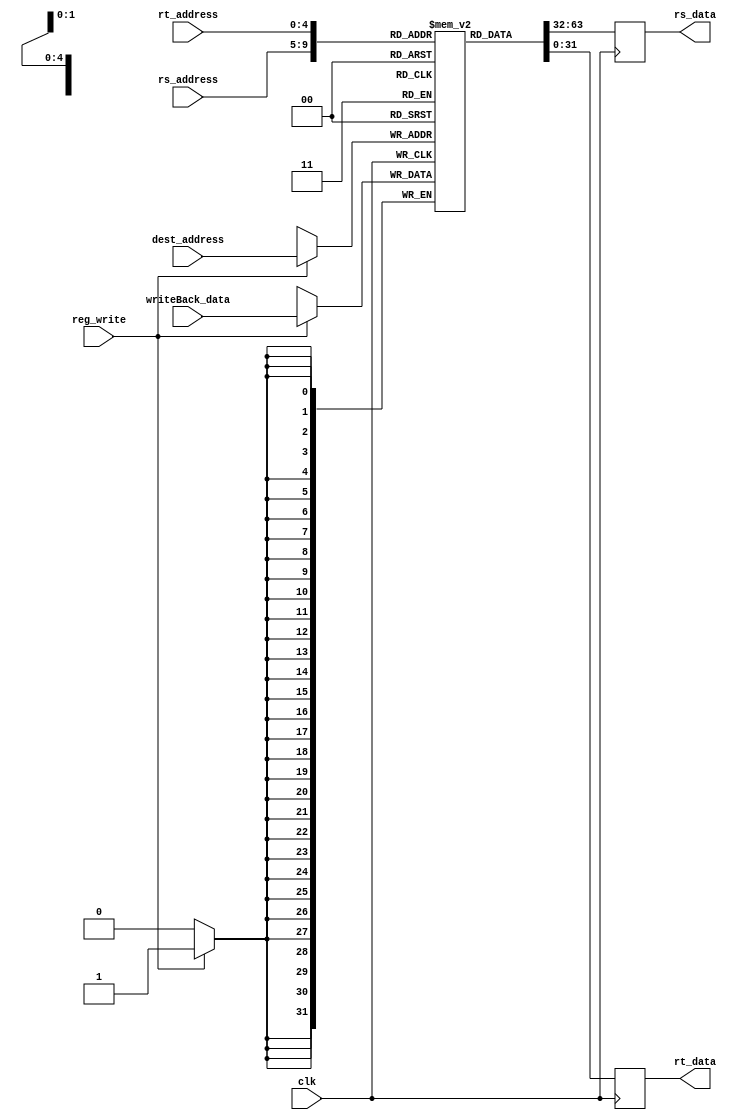
module regFile(rs_address,rt_address,dest_address,writeBack_data,reg_write,clk,rs_data,rt_data); // 6 i/p , 2 o/p

input [4:0] rs_address,rt_address; //address '5 bits 
input [4:0] dest_address;
input[31:0] writeBack_data; // data to be saved '32 bits
input reg_write;
input clk;

output reg [31:0] rs_data,rt_data; //output data from rs_address,rt_address '32 bits

reg [31:0] index[0:31]; // first is number of reg size , second is number of regs




always @(negedge clk)
begin
if(reg_write)
index[dest_address] <= writeBack_data;


rs_data <= index[rs_address];
rt_data <= index[rt_address];
end
integer i;


initial
begin
for (i = 0 ; i < 32 ; i = i+1)

index[i] = i;
end
endmodule 

//////////////////////////////////////////////////////////////////////////////////
module testRegFile; //inputs are reg - 2 i/p , 6 o/p

 reg [4:0] rs_address,rt_address; //address '5 bits 
 reg [4:0] dest_address;

 reg[31:0] writeBack_data; // data to be saved '32 bits
 reg reg_write;
 reg clk;

 wire [31:0] in1,in2; //output data from rs_address,rt_address '32 bits

integer i;

always
begin
#1 clk = ~ clk;  
end



initial
begin

clk = 0;
reg_write =1;


$monitor($time, "  rs_address:%d , rt_address: %d ,dest_address = %d , writeBack_data=%d , reg_write=%d, clk=%d, out1=%d, out2=%d ",rs_address,rt_address,dest_address,writeBack_data,reg_write,clk,in1,in2);


//to init the data in reg every address have a value of his address 
for(i = 0 ; i < 32 ; i = i+1)
begin
writeBack_data <= i;
dest_address <= i;
#2;
end

reg_write = 0;
//to view the stored data
for (i = 0 ; i < 32 ; i = i+1)
begin
rs_address <= i;
rt_address <= i;
#1;
end

end

regFile Reg1(rs_address,rt_address,dest_address,writeBack_data,reg_write,clk,in1,in2);
endmodule